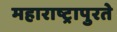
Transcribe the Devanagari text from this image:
महाराष्ट्रापुरते